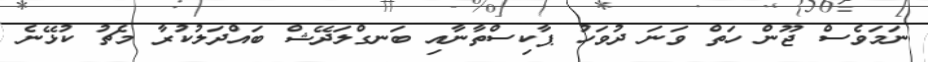
ނަމަވެސް ޖޫން ހަތް ވަނަ ދުވަހު ޕާކިސްތާނާއި ބަނގްލަދޭޝް ބައްދަލުކުރާ މެޗު ކުޅޭނެ